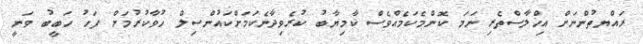
ރައްޔތުންނަށް އިޚްލާސްތެރި ނަމަ ކޮންމެކަމެއްވެސް ކާމިޔާބު ކުރެވިދާނެކަމަށްކައުންސިލް ހުވާކުރުމަށް ފަހު ހަބީބު ވަނީ